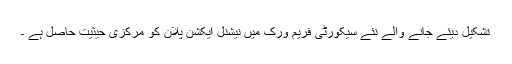
تشکیل دیئے جانے والے نئے سیکورٹی فریم ورک میں نیشنل ایکشن پلان کو مرکزی حیثیت حاصل ہے ۔